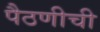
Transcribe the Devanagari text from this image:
पैठणीची